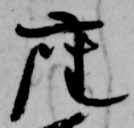
座